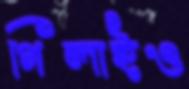
গিলাইও